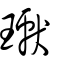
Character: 瓛